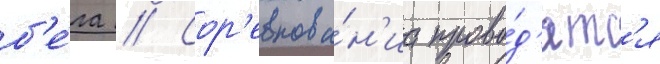
б'е́га // Сор'евнова́н'иа прово́д'ятс'я